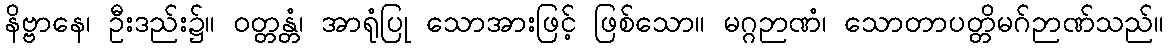
နိဗ္ဗာနေ၊ ဦးဒည်း၌။ ဝတ္တန္တံ၊ အာရုံပြု သောအားဖြင့် ဖြစ်သော။ မဂ္ဂဉာဏံ၊ သောတာပတ္တိမဂ်ဉာဏ်သည်။